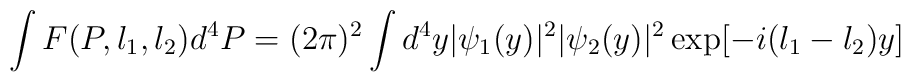
\int F(P,l_1,l_2)d^4P=(2\pi)^2\int d^4y|\psi_1(y)|^2|\psi_2(y)|^2\exp\bigl[-i(l_1-l_2)y\bigr]